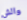
والش